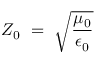
~ Z _ { 0 } ~ = ~ { \sqrt { \frac { \mu _ { 0 } } { \epsilon _ { 0 } } } }